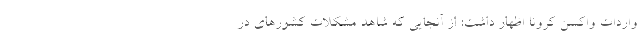
واردات واکسن کرونا اظهار داشت: از آنجایی که شاهد مشکلات کشورهای در